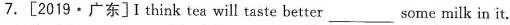
K考点3 方式介词及其他介词 7.[2019·广东]I think tea will taste better ___some milk in it.